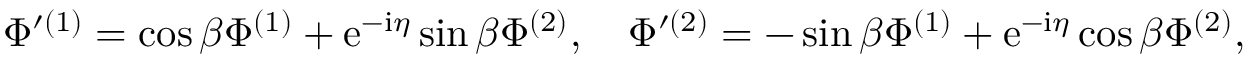
{ \Phi } ^ { \prime ( 1 ) } = \cos \beta { \Phi } ^ { ( 1 ) } + \mathrm { { e } } ^ { - { \mathrm { i } } { \eta } } \sin \beta { \Phi } ^ { ( 2 ) } , \quad { \Phi } ^ { \prime ( 2 ) } = - \sin \beta { \Phi } ^ { ( 1 ) } + \mathrm { { e } } ^ { - { \mathrm { i } } { \eta } } \cos \beta { \Phi } ^ { ( 2 ) } ,